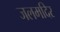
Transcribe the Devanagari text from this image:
जलमदिर